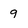
Character: 9